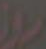
بونز